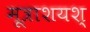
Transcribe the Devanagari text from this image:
मूत्राशयश्